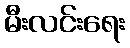
မီးလင်းရေး